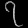
Digit: ၇